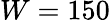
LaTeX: W=150